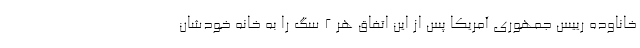
خاناوده رییس جمهوری آمریکا پس از این اتفاق هر 2 سگ را به خانه خودشان